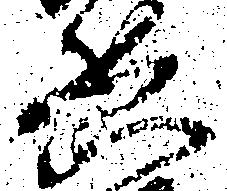
兵